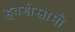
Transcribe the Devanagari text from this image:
हवगीस्वामी